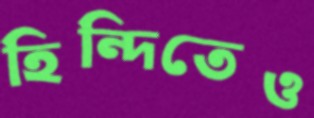
হিন্দিতেও